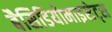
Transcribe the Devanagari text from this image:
बैसिडियोमाइसेट्स